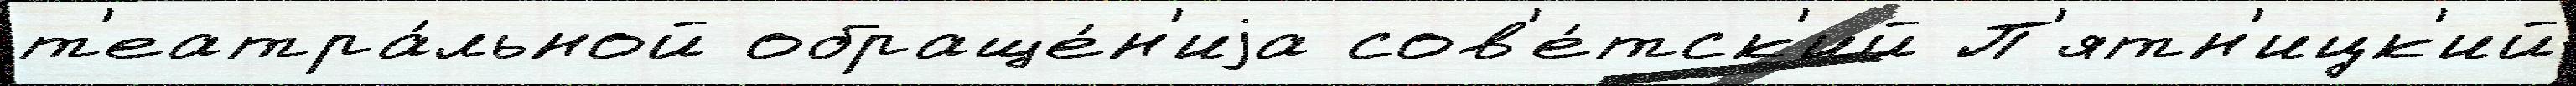
т'еатра́льной обраще́н'иjа сов'е́тск'ий П'ятн'ицк'ий